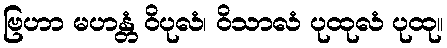
ဗြဟာ မဟန္တံ ဝိပုလံ၊ ဝိသာလံ ပုထုလံ ပုထု။